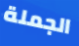
الجملة